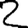
Digit: 2